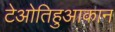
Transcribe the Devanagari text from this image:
टेओतिहुआकान